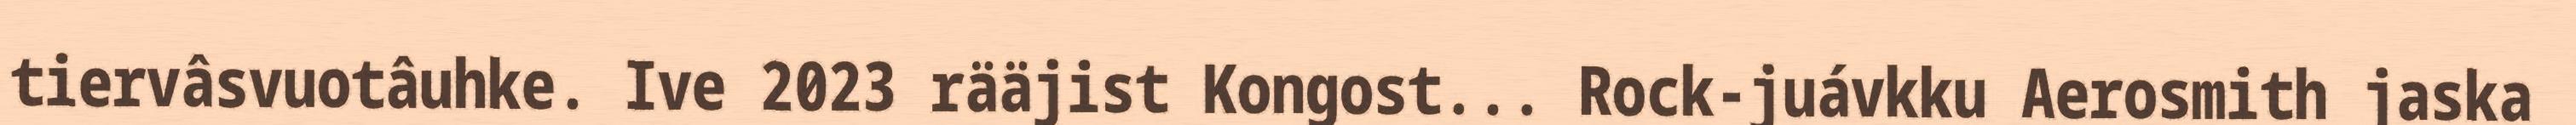
tiervâsvuotâuhke. Ive 2023 rääjist Kongost... Rock-juávkku Aerosmith jaska